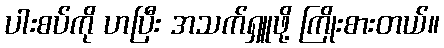
ပါးစပ်ကို ဟပြီး အသက်ရှူဖို့ ကြိုးစားတယ်။